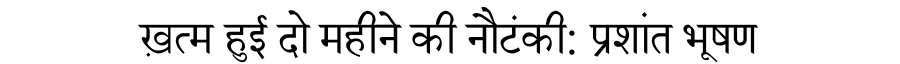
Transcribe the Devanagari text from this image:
ख़त्म हुई दो महीने की नौटंकी: प्रशांत भूषण